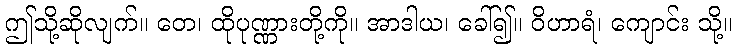
ဤသို့ဆိုလျက်။ တေ၊ ထိုပုဏ္ဏားတို့ကို။ အာဒါယ၊ ခေါ်၍။ ဝိဟာရံ၊ ကျောင်း သို့။